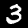
Label: 3